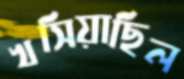
খসিয়াছিল